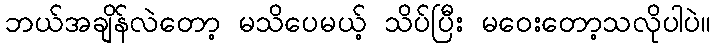
ဘယ်အချိန်လဲတော့ မသိပေမယ့် သိပ်ပြီး မဝေးတော့သလိုပါပဲ။